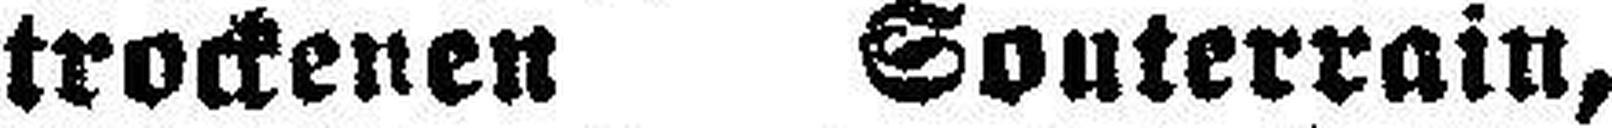
trockenen Souterrain,